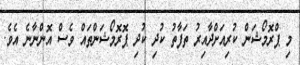
މި ޕްރޮމޯޝަން ކުރިއަށްދާއިރު ތަފާތު ކުދި ކުދި ޕޮރޮމޯޝަންތައް ވެސް އޮންނާނެ އެވެ.